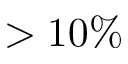
> 1 0 \%